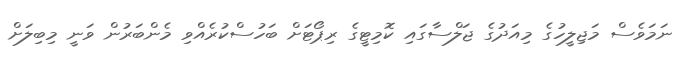
ނަމަވެސް މަޖިލީހުގެ މިއަދުގެ ޖަލްސާގައި ކޮމިޓީގެ ރިޕޯޓަށް ބަހުސްކުރެއްވި މެންބަރުން ވަނީ މިބިލަށް